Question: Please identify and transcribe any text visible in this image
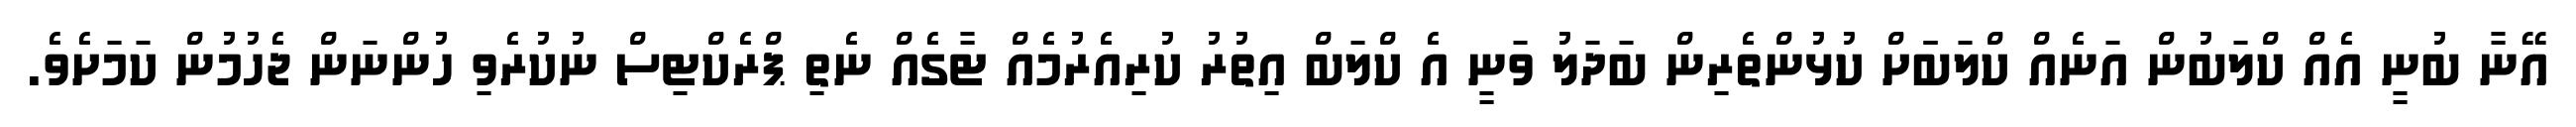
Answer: އޭނާ ބުނީ އެއް ކްލަބުން އަނެއް ކްލަބަަށް ކުޅުންތެރިން ބަދަލު ވަނީ އެ ކްލަބް އިތުރު ކުރިއެރުމެއް ޓާގެއް ނެތި ޕްރެކްޓިސް ނުކުރެވި ހުންނަން ޖެހުމުން ކަމަށެވެ.